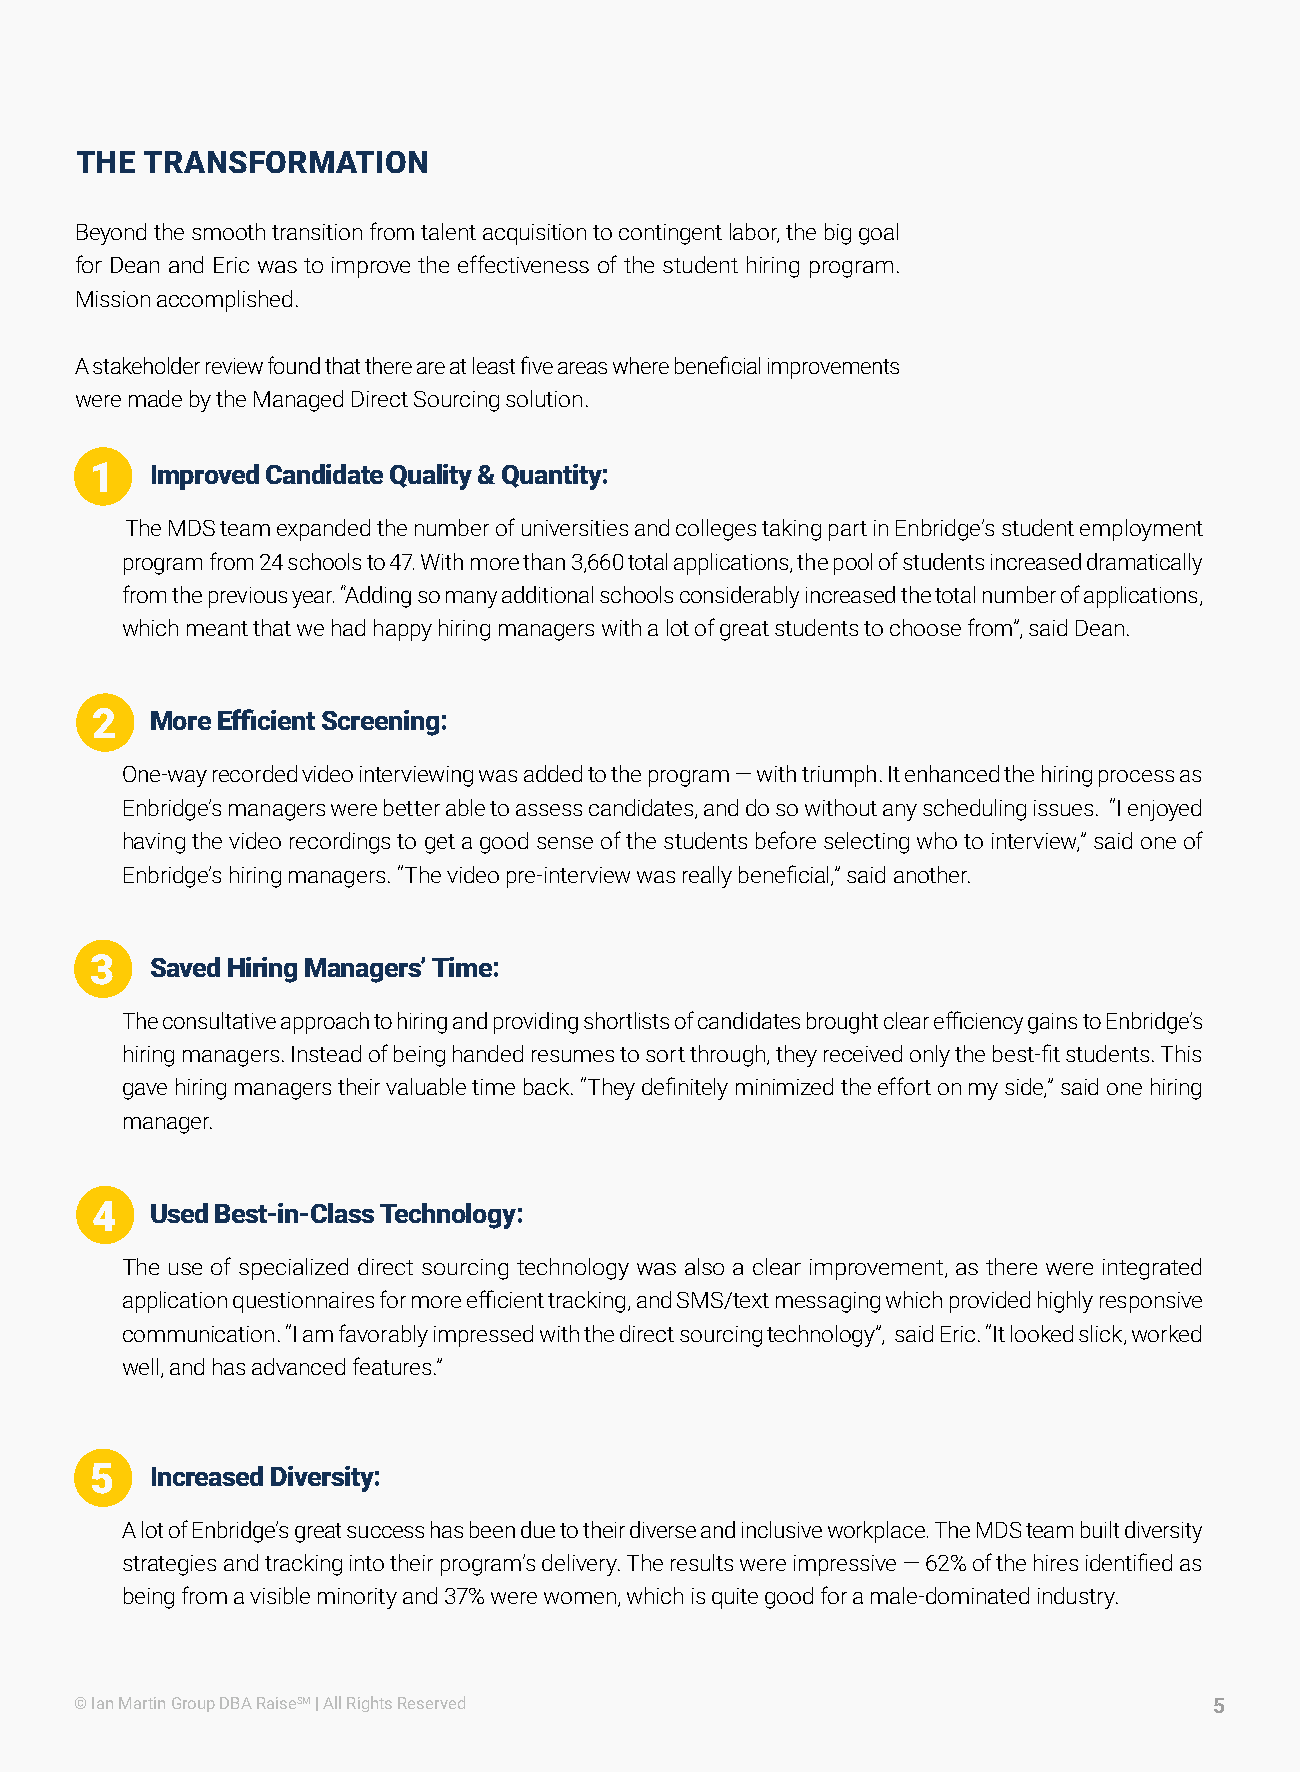
THE TRANSFORMATION
 Beyond the smooth transition from talent acquisition to contingent labor, the big goal
 for Dean and Eric was to improve the effectiveness of the student hiring program.
 Mission accomplished.
 A stakeholder review found that there are at least five areas where beneficial improvements
 were made by the Managed Direct Sourcing solution.
 1   Improved Candidate Quality & Quantity:
 The MDS team expanded the number of universities and colleges taking part in Enbridge’s student employment
 program from 24 schools to 47. With more than 3,660 total applications, the pool of students increased dramatically
 from the previous year. “Adding so many additional schools considerably increased the total number of applications,
 which meant that we had happy hiring managers with a lot of great students to choose from”, said Dean.
 2   More Efficient Screening:
 One-way recorded video interviewing was added to the program — with triumph. It enhanced the hiring process as
 Enbridge’s managers were better able to assess candidates, and do so without any scheduling issues. “I enjoyed
 having the video recordings to get a good sense of the students before selecting who to interview,” said one of
 Enbridge’s hiring managers. “The video pre-interview was really beneficial,” said another.
 3   Saved Hiring Managers’ Time:
 The consultative approach to hiring and providing shortlists of candidates brought clear efficiency gains to Enbridge’s
 hiring managers. Instead of being handed resumes to sort through, they received only the best-fit students. This
 gave hiring managers their valuable time back. “They definitely minimized the effort on my side,” said one hiring
 manager.
 4   Used Best-in-Class Technology:
 The use of specialized direct sourcing technology was also a clear improvement, as there were integrated
 application questionnaires for more efficient tracking, and SMS/text messaging which provided highly responsive
 communication. “I am favorably impressed with the direct sourcing technology”, said Eric. “It looked slick, worked
 well, and has advanced features.”
 5   Increased Diversity:
 A lot of Enbridge’s great success has been due to their diverse and inclusive workplace. The MDS team built diversity
 strategies and tracking into their program’s delivery. The results were impressive — 62% of the hires identified as
 being from a visible minority and 37% were women, which is quite good for a male-dominated industry.
 © Ian Martin Group DBA RaiseSM | All Rights Reserved                       5